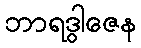
ဘာရဒွါဇေန